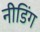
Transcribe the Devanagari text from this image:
नीडिंग